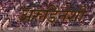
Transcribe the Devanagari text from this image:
अरुंडिनेशी